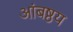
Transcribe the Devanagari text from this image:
आंबष्ठय